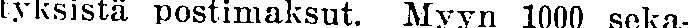
tyksistä postimaksut. Myyn 1000 seka-